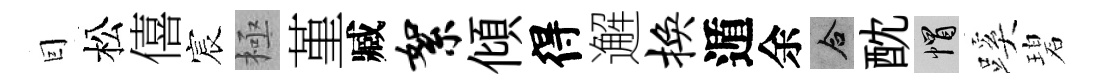
囙松僖宸極堇臧絮傾得邂换遁余合酖帽蹊碧